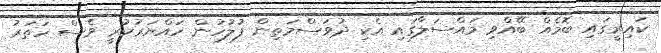
ކައިރީގައި ބޮމެއް ބޭއްވި މައްސަލާގައި އެކި ދުވަސްމަތިން ފުލުހުން ހައްޔަރުކުރީ ވެސް ހަތަރު